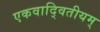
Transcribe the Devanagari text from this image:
एकवाद्वितीयम्